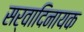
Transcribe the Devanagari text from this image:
सर्वादिनायक